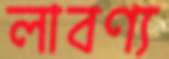
লাবণ্য